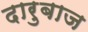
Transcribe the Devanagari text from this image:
दारुबाज